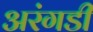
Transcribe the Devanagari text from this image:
अरंगडी